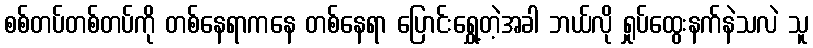
စစ်တပ်တစ်တပ်ကို တစ်နေရာကနေ တစ်နေရာ ပြောင်းရွှေ့တဲ့အခါ ဘယ်လို ရှုပ်ထွေးနက်နဲသလဲ သူ